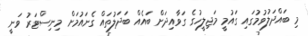
މި ބައްދަލުވުމުގައި ގައުމީ މަޖިލީހުގެ ގަވާއިދަށް ބައެއް ބަދަލުތައް ގެނައުމަށް މިނިސްޓަރު ވަނީ